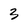
Character: 3